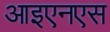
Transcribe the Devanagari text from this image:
आइएनएस